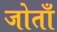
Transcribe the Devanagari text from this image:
जोताँ